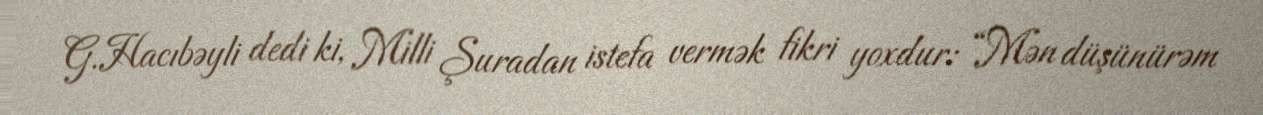
G.Hacıbəyli dedi ki, Milli Şuradan istefa vermək fikri yoxdur: “Mən düşünürəm